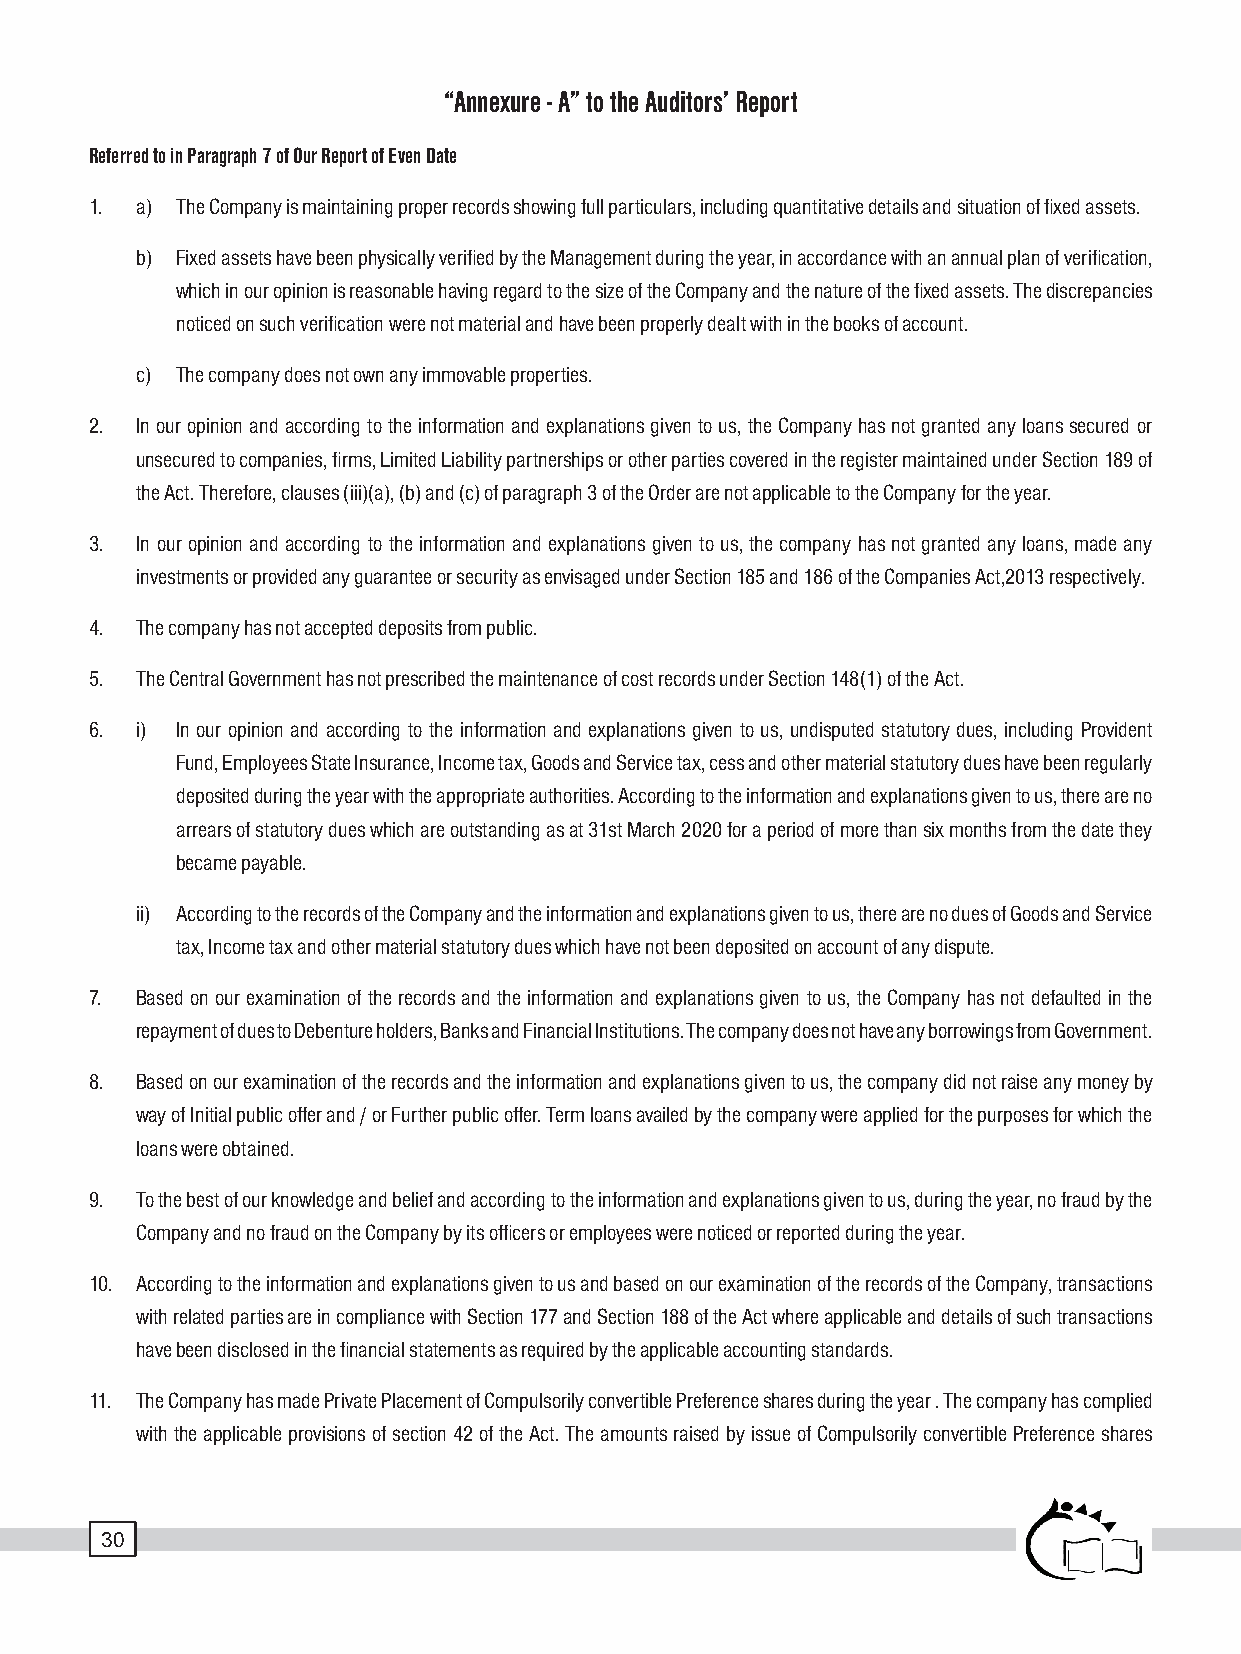
“Annexure - A” to the Auditors’ Report
 Referred to in Paragraph 7 of Our Report of Even Date
 1. a) The Company is maintaining proper records showing full particulars, including quantitative details and situation of fixed assets.
 b) Fixed assets have been physically verified by the Management during the year, in accordance with an annual plan of verification,
 which in our opinion is reasonable having regard to the size of the Company and the nature of the fixed assets. The discrepancies
 noticed on such verification were not material and have been properly dealt with in the books of account.
 c) The company does not own any immovable properties.
 2. In our opinion and according to the information and explanations given to us, the Company has not granted any loans secured or
 unsecured to companies, firms, Limited Liability partnerships or other parties covered in the register maintained under Section 189 of
 the Act. Therefore, clauses (iii)(a), (b) and (c) of paragraph 3 of the Order are not applicable to the Company for the year.
 3. In our opinion and according to the information and explanations given to us, the company has not granted any loans, made any
 investments or provided any guarantee or security as envisaged under Section 185 and 186 of the Companies Act,2013 respectively.
 4. The company has not accepted deposits from public.
 5. The Central Government has not prescribed the maintenance of cost records under Section 148(1) of the Act.
 6. i) In our opinion and according to the information and explanations given to us, undisputed statutory dues, including Provident
 Fund, Employees State Insurance, Income tax, Goods and Service tax, cess and other material statutory dues have been regularly
 deposited during the year with the appropriate authorities. According to the information and explanations given to us, there are no
 arrears of statutory dues which are outstanding as at 31st March 2020 for a period of more than six months from the date they
 became payable.
 ii) According to the records of the Company and the information and explanations given to us, there are no dues of Goods and Service
 tax, Income tax and other material statutory dues which have not been deposited on account of any dispute.
 7. Based on our examination of the records and the information and explanations given to us, the Company has not defaulted in the
 repayment of dues to Debenture holders, Banks and Financial Institutions. The company does not have any borrowings from Government.
 8. Based on our examination of the records and the information and explanations given to us, the company did not raise any money by
 way of Initial public offer and / or Further public offer. Term loans availed by the company were applied for the purposes for which the
 loans were obtained.
 9. To the best of our knowledge and belief and according to the information and explanations given to us, during the year, no fraud by the
 Company and no fraud on the Company by its officers or employees were noticed or reported during the year.
 10. According to the information and explanations given to us and based on our examination of the records of the Company, transactions
 with related parties are in compliance with Section 177 and Section 188 of the Act where applicable and details of such transactions
 have been disclosed in the financial statements as required by the applicable accounting standards.
 11. The Company has made Private Placement of Compulsorily convertible Preference shares during the year . The company has complied
 with the applicable provisions of section 42 of the Act. The amounts raised by issue of Compulsorily convertible Preference shares
 30